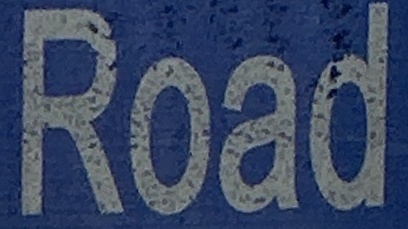
Road